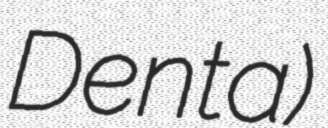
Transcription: Denta)